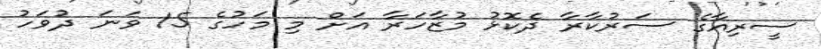
ސީރިއާގެ ސަރުކާރާ ދެކޮޅު މުޒާހަރާ އަށް މި މަހުގެ 15 ވަނަ ދުވަހު